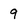
Character: 9